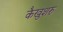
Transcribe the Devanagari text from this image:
कैखुशरु